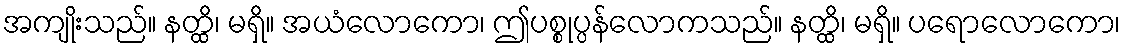
အကျိုးသည်။ နတ္ထိ၊ မရှိ။ အယံလောကော၊ ဤပစ္စုပ္ပန်လောကသည်။ နတ္ထိ၊ မရှိ။ ပရောလောကော၊